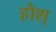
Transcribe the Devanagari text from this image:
होश्